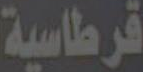
قرطاسية